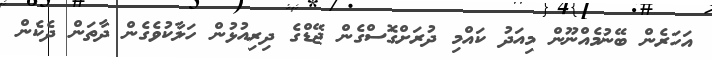
އަހަރެން ބޭނުމެއްނޫން މިއަދު ކައްމި ދުރަށްގޮސްގެން ޖޭޑްގެ ދިރިއުޅުން ހަލާކުވެގެން ދާތަން ދެކެން